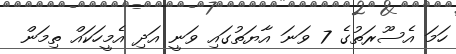
ހަމަ އެސޫރަތުގެ 7 ވަނަ އާޔަތުގައި ވަނީ އަދި އެމީހަކައް ތިމަން